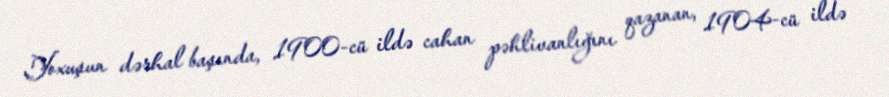
Yoxuşun dərhal başında, 1900-cü ildə cahan pəhlivanlığını qazanan, 1904-cü ildə